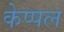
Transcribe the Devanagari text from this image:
केप्पल